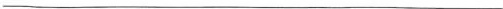
___